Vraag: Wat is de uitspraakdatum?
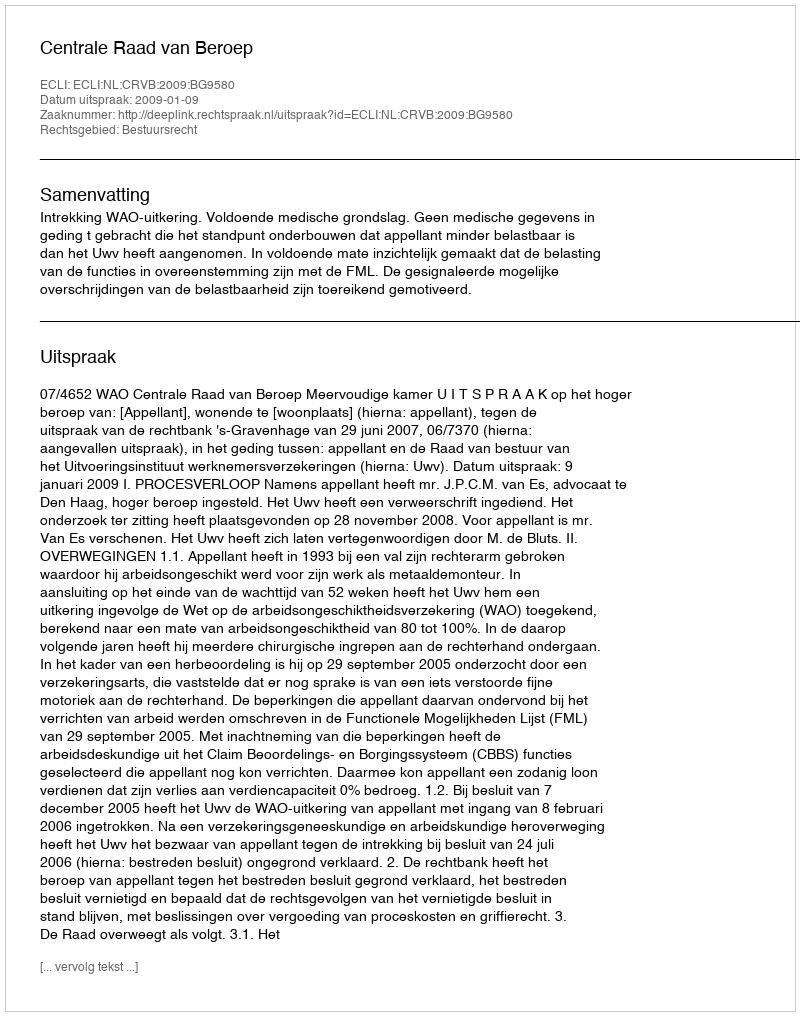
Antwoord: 2009-01-09